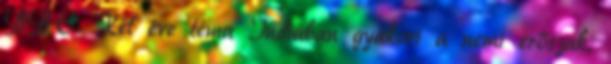
BBC. Két éve téma Indiában gyakori a nemi erőszak,